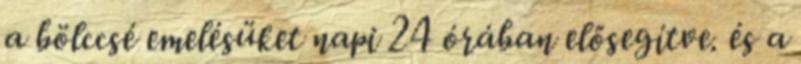
a bölccsé emelésüket napi 24 órában elősegítve. és a